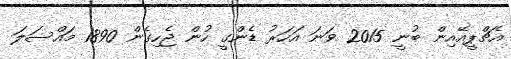
އެޗްޕީއޭއިން ބުނީ 2015 ވަނަ އަހަރު ޑެންގީ ހުން ޖެހިގެން 1890 މައްސަލަ